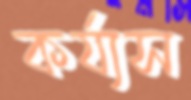
কর্য্যস